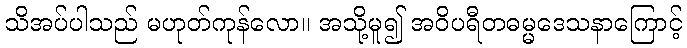
သိအပ်ပါသည် မဟုတ်ကုန်လော။ အသို့မူ၍ အဝိပရီတဓမ္မဒေသနာကြောင့်